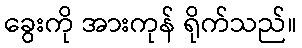
ခွေးကို အားကုန် ရိုက်သည်။